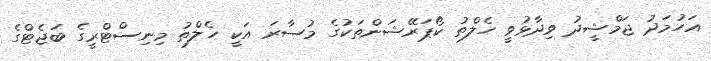
އަހުމަދު ޖަމްޝީދު ވިދާޅުވީ ހެލްތު ކޯޕަރޭޝަންތަކުގެ މުސާރަ އަކީ ހެލްތު މިނިސްޓްރީގެ ބަޖެޓްގެ